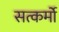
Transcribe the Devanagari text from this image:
सत्कर्मो